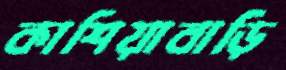
কাশিয়াবাড়ি